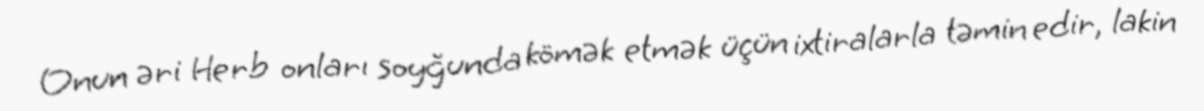
Onun əri Herb onları soyğunda kömək etmək üçün ixtiralarla təmin edir, lakin